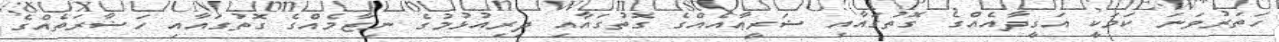
ހަތަރުވަނަ ކަމަކީ އަގީދާއެއްގެ ގޮތުގައާއި ޝަރީޢާއެއްގެ ގޮތުގައާއި ދިރިއުޅުމުގެ ނިޒާމެއްގެ ގޮތުގައާއި ހަޟާރަތެއްގެ